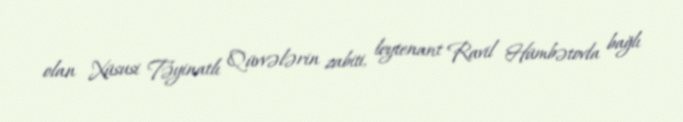
olan Xüsusi Təyinatlı Qüvvələrin zabiti, leytenant Ravil Hümbətovla bağlı